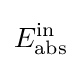
E_{\text{abs}}^{\text{in}}